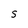
Character: 5